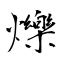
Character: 爍